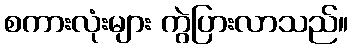
စကားလုံးများ ကွဲပြားလာသည်။